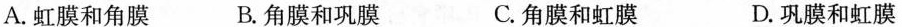
A.虹膜和角膜 B.角膜和巩膜 C.角膜和虹膜 D.巩膜和虹膜